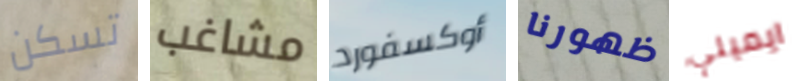
تسكن مشاغب أوكسفورد ظهورنا ايميلي